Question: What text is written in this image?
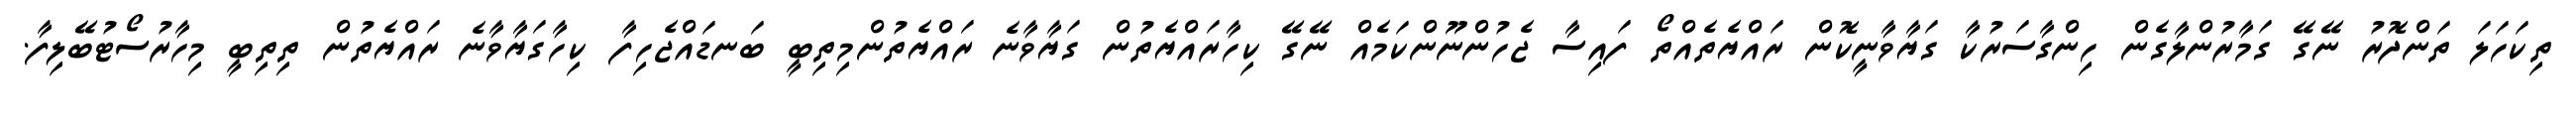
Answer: ތިކަހަލަ ތަންދޮރު ނޭގޭ ގަމާރުންލާގެން ހިންގާސަރުކާ ގަޔާވާނީކޮން ރައްޔެތެއްތޯ ފައިސާ ޖެހުންނޫންކަމެއް ނޭގޭ ކިހާރައްޔެތުން ގަޔާވާނެ ރައްޔެތުންމިތިބީ ބަނޑައްޖެހިފާ ކިހާގަޔާވާނެ ރައްޔެތުން ތިތިބީ މިހާރުސޯޓުބޭލިފާ.